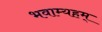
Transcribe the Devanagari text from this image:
भवाम्यहम्